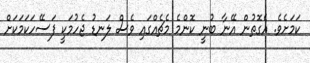
ކަމަށެވެ. އެގޮތުން އޭނާ ބުނީ ކޮންމެ މެޗެއްގައި ވެސް ލަނޑު ޖެހުމަކީ ފަސޭހަކަމަކަށް